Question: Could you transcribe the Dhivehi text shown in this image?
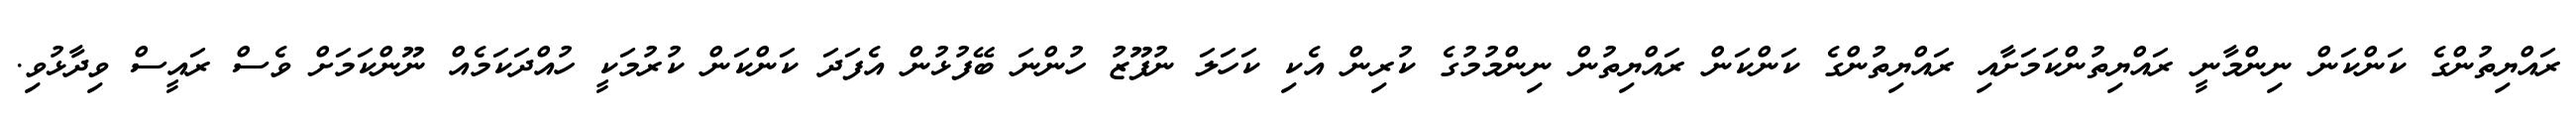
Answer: ރައްޔިތުންގެ ކަންކަން ނިންމާނީ ރައްޔިތުންކަމަށާއި ރައްޔިތުންގެ ކަންކަން ރައްޔިތުން ނިންމުމުގެ ކުރިން އެކި ކަހަލަ ނުފޫޒު ހުންނަ ބޭފުޅުން އެފަދަ ކަންކަން ކުރުމަކީ ހުއްދަކަމެއް ނޫންކަމަށް ވެސް ރައީސް ވިދާޅުވި.